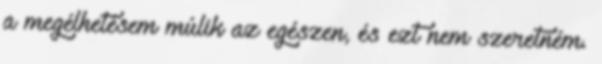
a megélhetésem múlik az egészen, és ezt nem szeretném.